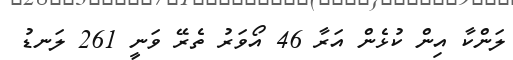
ލަންކާ އިން ކުޅެން އަރާ 46 އޯވަރު ތެރޭ ވަނީ 261 ލަނޑު